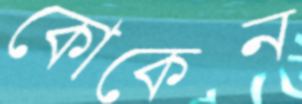
কোকেন